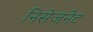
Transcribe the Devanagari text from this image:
निसेजनेट